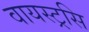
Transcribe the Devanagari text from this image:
वायस्ट्रसि